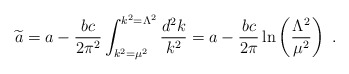
\begin{align*}{\widetilde a}=a-{bc\over 2\pi^2}\int_{k^2=\mu^2}^{k^2=\Lambda^2} {d^2 k\over k^2}= a-{bc\over 2\pi}\ln\left({\Lambda^2\over\mu^2}\right)~.\end{align*}